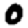
Digit: 0